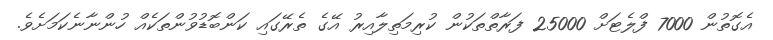
އެގޮތުން 7000 ފްލެޓަށް 25000 ފަރާތްތަކުން ކުރިމަތިލާއިރު އޭގެ ތެރޭގައި ކަންބޮޑުވުންތަކެއް ހުންނާނެކަމަށެވެ.